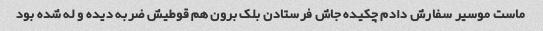
ماست موسیر سفارش دادم چکیده جاش فرستادن بلک برون هم قوطیش ضربه دیده و له شده بود